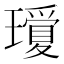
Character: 𤪞